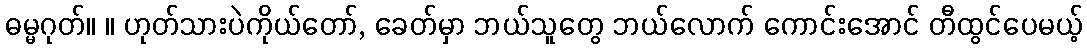
ဓမ္မဂုတ်။ ။ ဟုတ်သားပဲကိုယ်တော်, ခေတ်မှာ ဘယ်သူတွေ ဘယ်လောက် ကောင်းအောင် တီထွင်ပေမယ့်